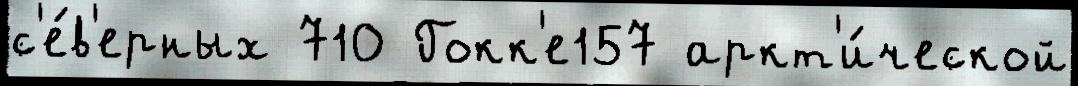
с'е́в'ерных 710 Гокк'е157 аркт'и́ческой